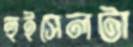
হুইসেলটা